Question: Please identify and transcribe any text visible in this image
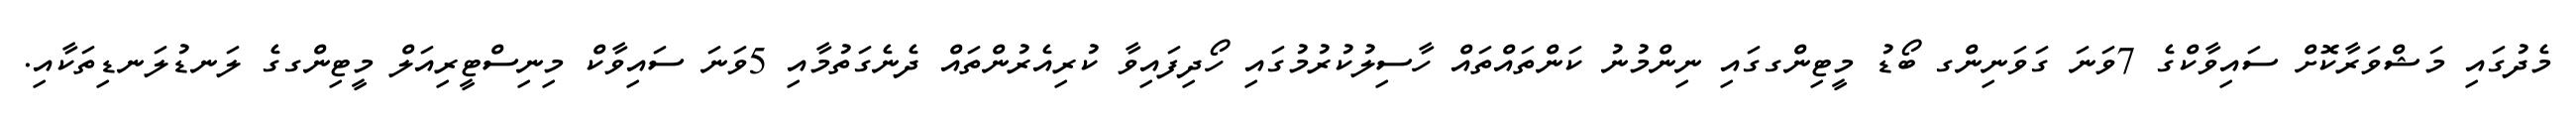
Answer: މެދުގައި މަޝްވަރާކޮށް ސައިވާކްގެ 7ވަނަ ގަވަނިންގ ބޯޑު މީޓިންގގައި ނިންމުނު ކަންތައްތައް ހާސިލުކުރުމުގައި ހޯދިފައިވާ ކުރިއެރުންތައް ދެނެގަތުމާއި 5ވަނަ ސައިވާކް މިނިސްޓީރިއަލް މީޓިންގގެ ލަނޑުލަނޑިތަކާއި.